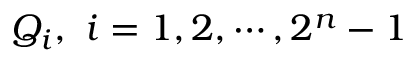
Q _ { i } , ~ i = 1 , 2 , \cdots , 2 ^ { n } - 1